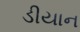
ડીયાન